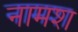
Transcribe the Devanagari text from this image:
नामश